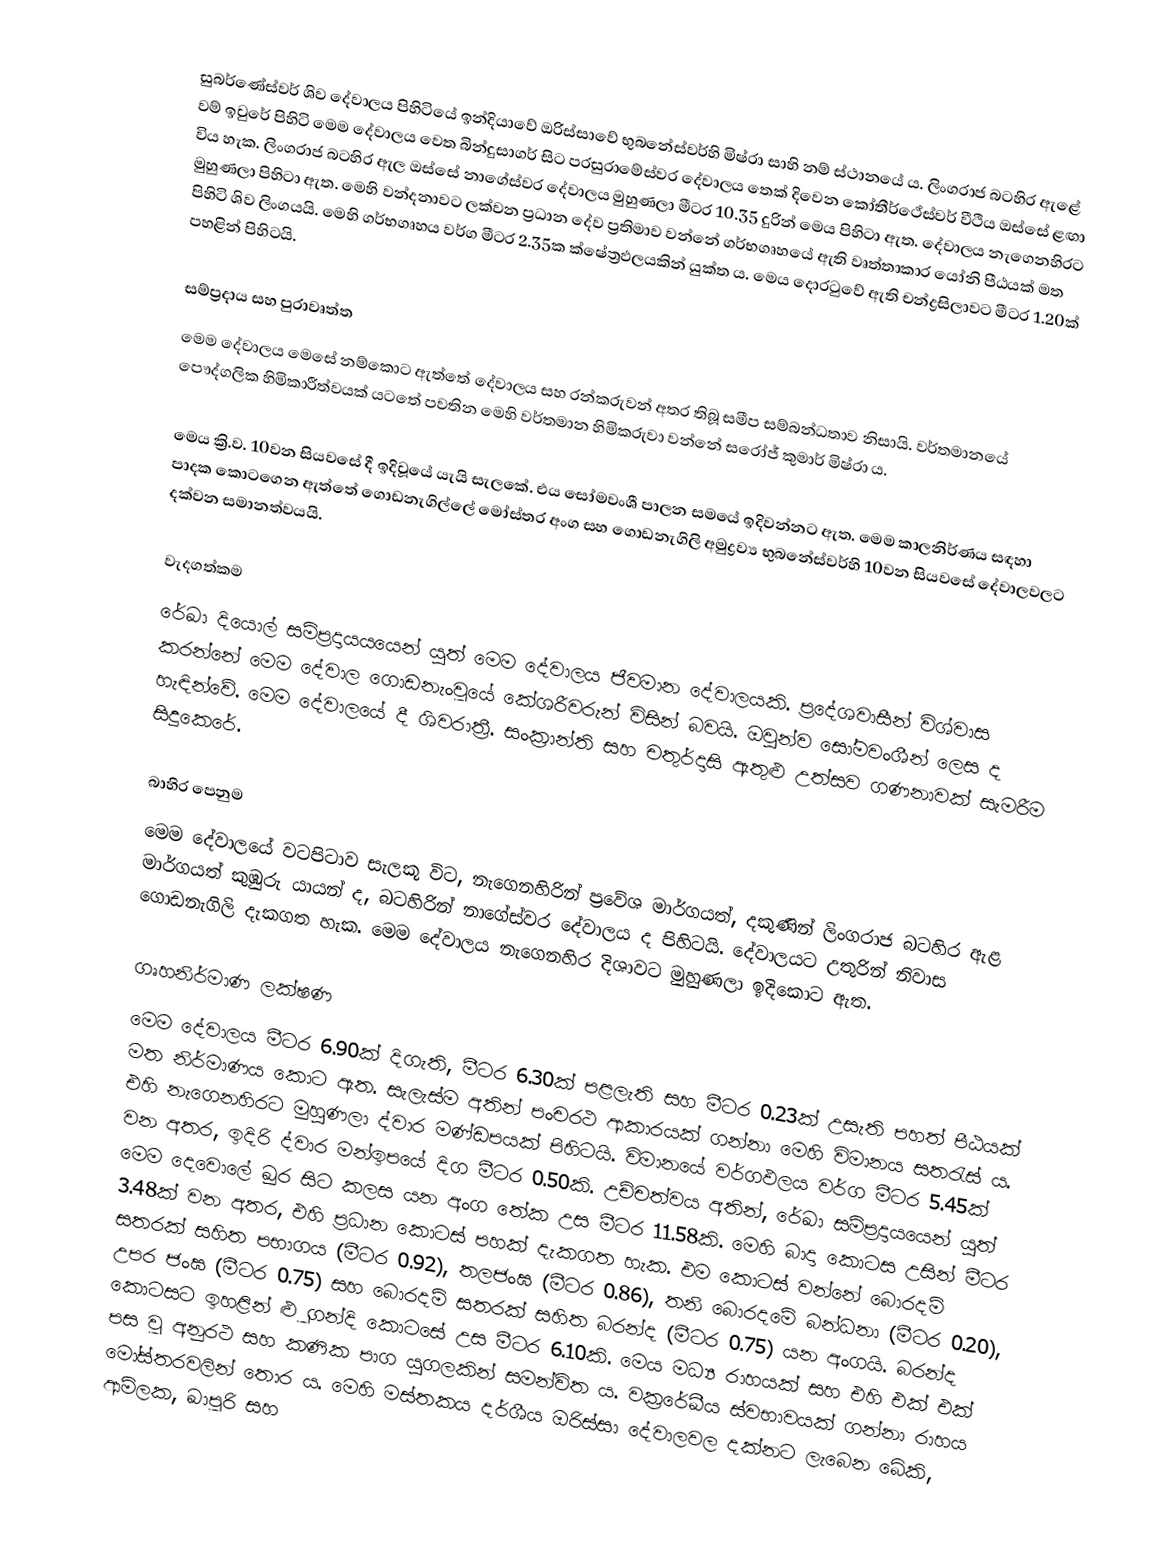
සුබර්ණේස්වර් ශිව දේවාලය පිහිටියේ ඉන්දියාවේ ඔරිස්සාවේ භුබනේස්වර්හි මිෂ්රා සාහි නම් ස්ථානයේ ය. ලිංගරාජ බටහිර ඇළේ වම් ඉවුරේ පිහිටි මෙම දේවාලය වෙත බින්දුසාගර් සිට පරසුරාමේස්‍වර දේවාලය තෙක් දිවෙන කෝතීර්ථේස්වර් වීථිය ඔස්සේ ළඟා විය හැක. ලිංගරාජ බටහිර ඇල ඔස්සේ නාගේස්වර දේවාලය මුහුණලා මීටර 10.35 දුරින් මෙය පිහිටා ඇත. දේවාලය නැගෙනහිරට මුහුණලා පිහිටා ඇත. මෙහි වන්දනාවට ලක්වන ප්‍රධාන දේව ප්‍රතිමාව වන්නේ ගර්භගෘහයේ ඇති වෘත්තාකාර යෝනි පීඨයක් මත පිහිටි ශිව ලිංගයයි. මෙහි ගර්භගෘහය වර්ග මීටර 2.35ක ක්ෂේත්‍රඵලයකින් යුක්ත ය. මෙය දොරටුවේ ඇති චන්ද්‍රසිලාවට මීටර 1.20ක් පහළින් පිහිටයි.

සම්ප්‍රදාය සහ පුරාවෘත්ත
මෙම දේවාලය මෙසේ නම්කොට ඇත්තේ දේවාලය සහ රන්කරුවන් අතර තිබූ සමීප සම්බන්ධතාව නිසායි. වර්තමානයේ පෞද්ගලික හිමිකාරීත්වයක් යටතේ පවතින මෙහි වර්තමාන හිමිකරුවා වන්නේ සරෝජ් කුමාර් මිෂ්රා ය.

මෙය ක්‍රි.ව. 10වන සියවසේ දී ඉදිවූයේ යැයි සැලකේ. එය සෝමවංශී පාලන සමයේ ඉදිවන්නට ඇත. මෙම කාලනිර්ණය සඳහා පාදක කොටගෙන ඇත්තේ ගොඩනැගිල්ලේ මෝස්තර අංග සහ ගොඩනැගිලි අමුද්‍රව්‍ය භුබනේස්වර්හි 10වන සියවසේ දේවාලවලට දක්වන සමානත්වයයි.

වැදගත්කම
රේඛා දියොල් සම්ප්‍රදායයයෙන් ‍යුත් මෙම දේවාලය ජීවමාන දේවාලයකි. ප්‍රදේශවාසීන් විශ්වාස කරන්නේ මෙම දේවාල ගොඩනැංවූයේ කේශරීවරුන් විසින් බවයි. ඔවුන්ව සෝමවංශීන් ලෙස ද හැඳින්වේ. මෙම දේවාලයේ දී ශිවරාත්‍රී. සංක්‍රාන්ති සහ චතුර්දාසි ඇතුළු උත්සව ගණනාවක් සැමරීම සිදුකෙරේ.

බාහිර පෙනුම
මෙම දේවාලයේ වටපිටාව සැලකූ විට, නැගෙනහිරින් ප්‍රවේශ මාර්ගයත්, දකුණින් ලිංගරාජ බටහිර ඇළ මාර්ගයත් කුඹුරු යායන් ද, බටහිරින් නාගේස්වර දේවාලය ද පිහිටයි. දේවාලයට උතුරින් නිවාස ගොඩනැගිලි දැකගත හැක. මෙම දේවාලය නැගෙනහිර දිශාවට මුහුණලා ඉදිකොට ඇත.

ගෘහනිර්මාණ ලක්ෂණ
මෙම දේවාලය මීටර 6.90ක් දිගැති, මීටර 6.30ක් පළලැති සහ මීටර 0.23ක් උසැති පහත් පීඨයක් මත නිර්මාණය කොට ඇත. සැලැස්ම අතින් පංචරථ ආකාරයක් ගන්නා මෙහි විමානය සතරැස් ය. එහි නැගෙනහිරට මුහුණලා ද්වාර මණ්ඩපයක් පිහිටයි. විමානයේ වර්ගඵලය වර්ග මීටර 5.45ක් වන අතර, ඉදිරි ද්වාර මන්ඉපයේ දිග මීටර 0.50කි. උච්චත්වය අතින්, රේඛා සම්ප්‍රදායයෙන් යුත් මෙම දෙවොලේ ඛුර සිට කලස යන අංග තේක උස මීටර 11.58කි. මෙහි බාදා කොටස උසින් මීටර 3.48ක් වන අතර, එහි ප්‍රධාන කොටස් පහක් දැකගත හැක. එම කොටස් වන්නේ බොරදම් සතරක් සහිත පභාගය (මීටර 0.92), තලජංඝ (මීටර 0.86), තනි බොරදමේ බන්ධනා (මීටර 0.20), උපර ජංඝ (මීටර 0.75) සහ බොරදම් සතරක් සහිත බරන්ද (මීටර 0.75) යන අංගයි. බරන්ද කොටසට ඉහළින් ළුූ ගන්දි කොටසේ උස මීටර 6.10කි. මෙය මධ්‍ය රාහයක් සහ එහි එක් එක් පස වූ අනුරථ සහ කණික පාග යුගලකින් සමන්විත ය. වක්‍රරේඛීය ස්වභාවයක් ගන්නා රාහය මෝස්තරවලින් තොර ය. ‍මෙහි මස්තකය දර්ශීය ඔරිස්සා දේවාලවල දක්නට ලැබෙන බේකි, ආම්ලක, ඛාපූරි සහ